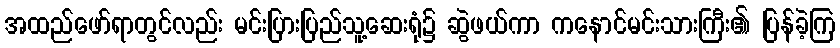
အထည်ဖော်ရာတွင်လည်း မင်းပြားပြည်သူ့ဆေးရုံ၌ ဆွဲဖယ်ကာ ကနောင်မင်းသားကြီး၏ ပြန်ခဲ့ကြ